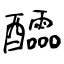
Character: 醽